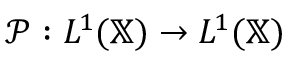
\mathcal { P } : L ^ { 1 } ( \mathbb { X } ) \to L ^ { 1 } ( \mathbb { X } )